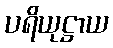
ပရိယုဋ္ဌာယ